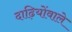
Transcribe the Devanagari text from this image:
दाढ़ियोंवाले